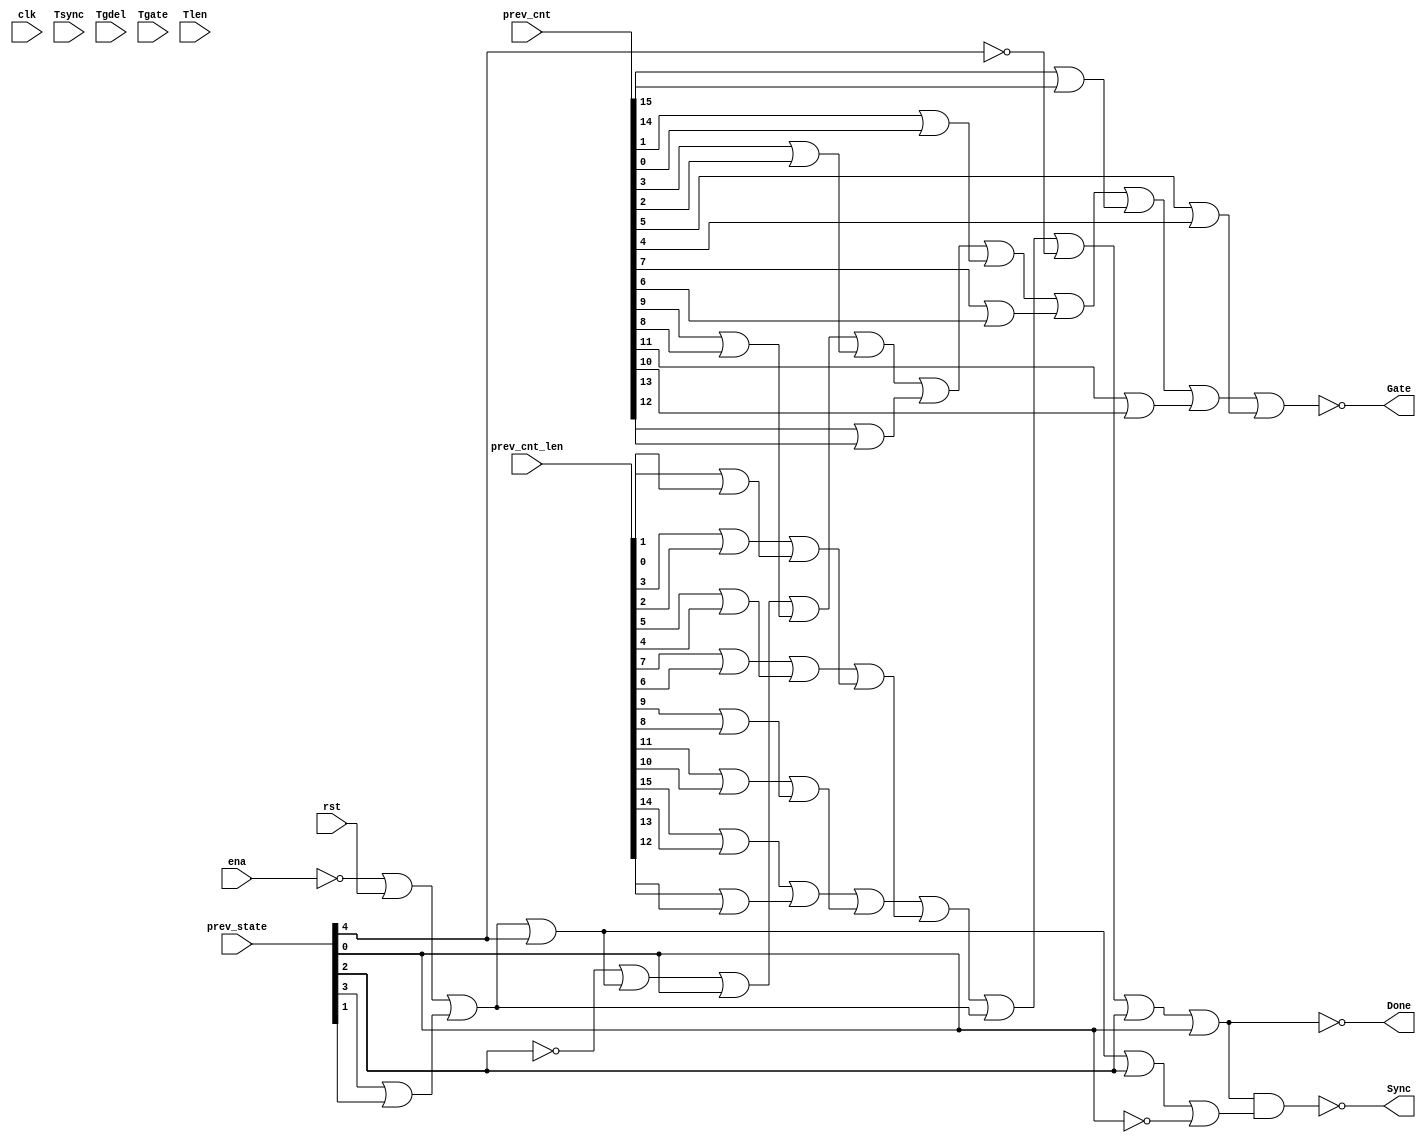

// Generated by Cadence Genus(TM) Synthesis Solution 19.20-d227_1
// Generated on: Jun 16 2021 18:28:22 PDT (Jun 17 2021 01:28:22 UTC)

// Verification Directory fv/top 

module top(clk, ena, rst, Tsync, Tgdel, Tgate, Tlen, Sync, Gate, Done,
     prev_state, prev_cnt, prev_cnt_len);
  input clk, ena, rst;
  input [7:0] Tsync, Tgdel;
  input [15:0] Tgate, Tlen, prev_cnt, prev_cnt_len;
  input [4:0] prev_state;
  output Sync, Gate, Done;
  wire clk, ena, rst;
  wire [7:0] Tsync, Tgdel;
  wire [15:0] Tgate, Tlen, prev_cnt, prev_cnt_len;
  wire [4:0] prev_state;
  wire Sync, Gate, Done;
  wire n_51, n_279, n_292, n_293, n_330, n_331, n_332, n_333;
  wire n_334, n_335, n_336, n_337, n_384, n_385, n_386, n_387;
  wire n_388, n_389, n_390, n_391, n_392, n_393, n_394, n_395;
  wire n_396, n_397, n_398, n_399, n_400, n_401, n_408, n_409;
  wire n_410, n_411, n_413, n_414, n_415, n_416, n_417, n_418;
  wire n_419, n_420;
  or g426 (n_420, n_419, n_332);
  or g427 (n_419, n_418, n_330);
  or g428 (n_418, n_417, n_334);
  or g429 (n_417, n_416, n_337);
  nand g430 (Sync, n_51, n_410);
  or g431 (n_416, n_415, n_331);
  or g432 (n_51, n_401, prev_state[0]);
  not g433 (Done, n_51);
  or g434 (n_415, n_414, n_336);
  or g435 (n_401, n_400, prev_state[2]);
  or g436 (n_400, n_399, wc);
  not gc (wc, prev_state[4]);
  or g437 (n_414, n_413, n_333);
  or g438 (n_413, n_411, prev_state[0]);
  or g439 (n_410, n_409, wc0);
  not gc0 (wc0, prev_state[0]);
  or g440 (n_399, n_398, n_279);
  or g441 (n_398, n_396, n_397);
  or g442 (n_409, n_408, prev_state[2]);
  or g443 (n_411, wc1, n_408);
  not gc1 (wc1, prev_state[2]);
  or g444 (n_408, n_279, prev_state[4]);
  or g445 (n_397, n_394, n_395);
  or g446 (n_396, n_392, n_393);
  or g447 (n_279, n_292, n_293);
  or g448 (n_395, n_390, n_391);
  or g449 (n_394, n_388, n_389);
  or g450 (n_393, n_386, n_387);
  or g451 (n_392, n_384, n_385);
  or g452 (n_292, wc2, rst);
  not gc2 (wc2, ena);
  or g453 (n_293, prev_state[3], prev_state[1]);
  or g454 (n_391, prev_cnt_len[1], prev_cnt_len[0]);
  or g455 (n_390, prev_cnt_len[3], prev_cnt_len[2]);
  or g456 (n_389, prev_cnt_len[5], prev_cnt_len[4]);
  or g457 (n_388, prev_cnt_len[7], prev_cnt_len[6]);
  or g458 (n_387, prev_cnt_len[9], prev_cnt_len[8]);
  or g459 (n_386, prev_cnt_len[11], prev_cnt_len[10]);
  or g460 (n_330, prev_cnt[15], prev_cnt[14]);
  or g461 (n_384, prev_cnt_len[15], prev_cnt_len[14]);
  or g462 (n_337, prev_cnt[1], prev_cnt[0]);
  or g463 (n_336, prev_cnt[3], prev_cnt[2]);
  or g464 (n_335, prev_cnt[5], prev_cnt[4]);
  or g465 (n_334, prev_cnt[7], prev_cnt[6]);
  or g466 (n_333, prev_cnt[9], prev_cnt[8]);
  or g467 (n_332, prev_cnt[11], prev_cnt[10]);
  or g468 (n_331, prev_cnt[13], prev_cnt[12]);
  or g469 (n_385, prev_cnt_len[13], prev_cnt_len[12]);
  nor g470 (Gate, n_420, n_335);
endmodule